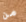
من